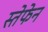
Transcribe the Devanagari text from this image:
स्तेफेन